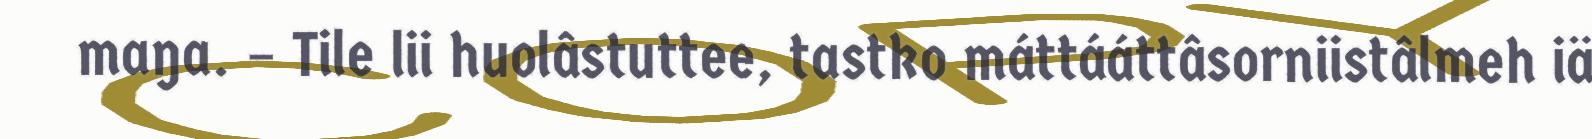
maŋa. – Tile lii huolâstuttee, tastko máttááttâsorniistâlmeh iä